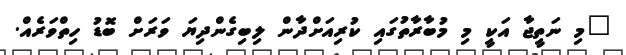
"މި ނަތީޖާ އަކީ މި މުބާރާތުގައި ކުރިއަށްދާން ލިބިގެންދިޔަ ވަރަށް ބޮޑު ހިތްވަރެއް.